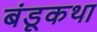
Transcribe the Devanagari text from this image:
बंडूकथा